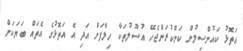
އަތޮޅު ކައުންސިލުން ކަންކުރަންޖެހޭ އުސޫލުތަކާ ހިލާފަށް އަދި އެ އަތޮޅުގެ އެތައް ބަޔަކަށް